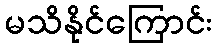
မသိနိုင်ကြောင်း